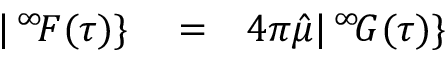
\begin{array} { r l r } { | \, ^ { \infty } \! F ( \tau ) \} } & { { } = } & { 4 \pi \hat { \mu } | \, ^ { \infty } \! G ( \tau ) \} } \end{array}